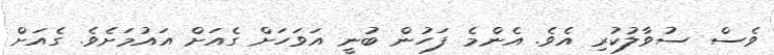
ވެސް ސުވާލުކުރި އެވެ. އެންމެ ފަހުން ބުނީ އަވަހަށް ގެއަށް އައުމަށެވެ. ގެއަށް